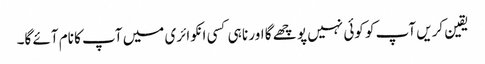
یقین کریں آپ کو کوئی نہیں پو چھے گا اور نا ہی کسی انکوائری میں آپ کا نام آئے گا۔